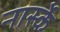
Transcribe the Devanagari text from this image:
नार्स्के